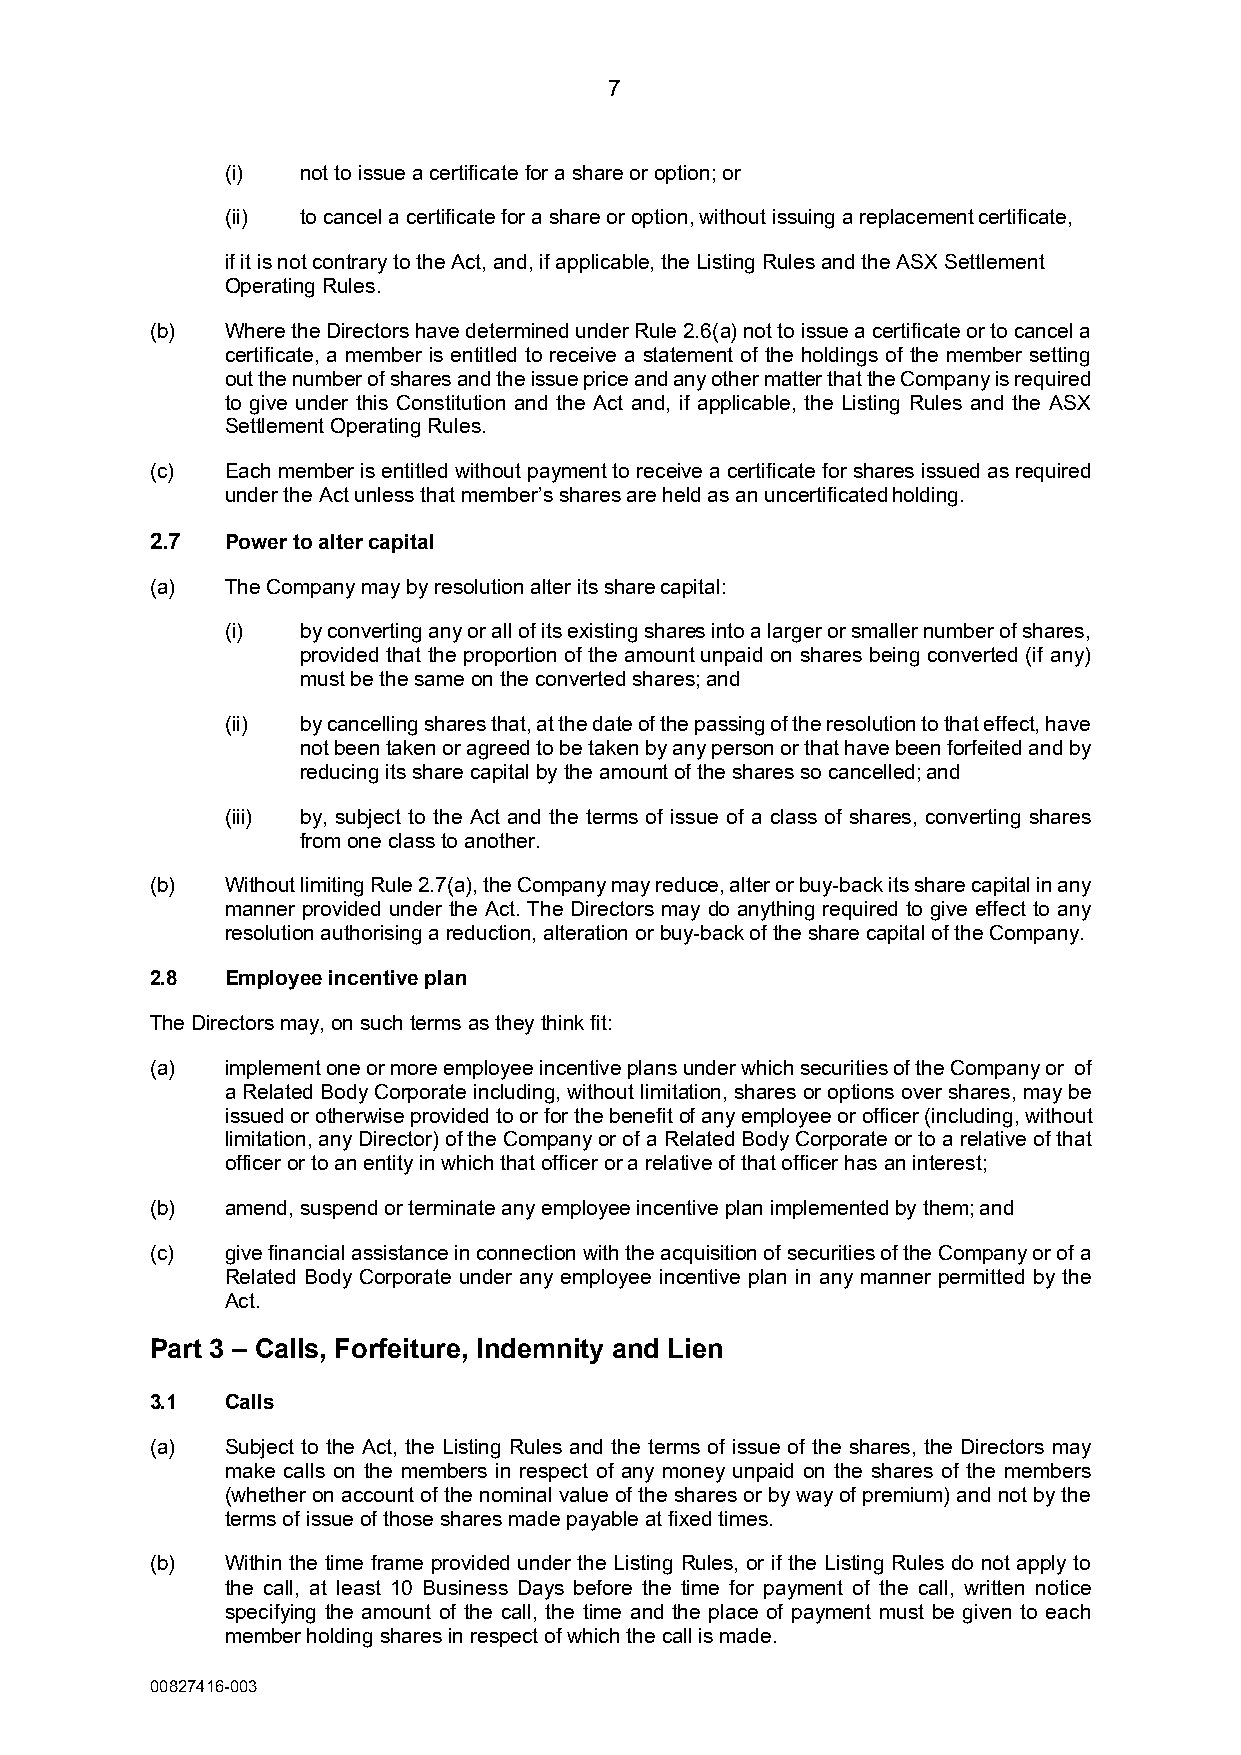
7
 (i)  not to issue a certificate for a share or option; or
 (ii) to cancel a certificate for a share or option, without issuing a replacement certificate,
 if it is not contrary to the Act, and, if applicable, the Listing Rules and the ASX Settlement
 Operating Rules.
 (b)  Where the Directors have determined under Rule 2.6(a) not to issue a certificate or to cancel a
 certificate, a member is entitled to receive a statement of the holdings of the member setting
 out the number of shares and the issue price and any other matter that the Company is required
 to give under this Constitution and the Act and, if applicable, the Listing Rules and the ASX
 Settlement Operating Rules.
 (c)  Each member is entitled without payment to receive a certificate for shares issued as required
 under the Act unless that member’s shares are held as an uncertificated holding.
 2.7  Power to alter capital
 (a)  The Company may by resolution alter its share capital:
 (i)  by converting any or all of its existing shares into a larger or smaller number of shares,
 provided that the proportion of the amount unpaid on shares being converted (if any)
 must be the same on the converted shares; and
 (ii) by cancelling shares that, at the date of the passing of the resolution to that effect, have
 not been taken or agreed to be taken by any person or that have been forfeited and by
 reducing its share capital by the amount of the shares so cancelled; and
 (iii) by, subject to the Act and the terms of issue of a class of shares, converting shares
 from one class to another.
 (b)  Without limiting Rule 2.7(a), the Company may reduce, alter or buy-back its share capital in any
 manner provided under the Act. The Directors may do anything required to give effect to any
 resolution authorising a reduction, alteration or buy-back of the share capital of the Company.
 2.8  Employee incentive plan
 The Directors may, on such terms as they think fit:
 (a)  implement one or more employee incentive plans under which securities of the Company or of
 a Related Body Corporate including, without limitation, shares or options over shares, may be
 issued or otherwise provided to or for the benefit of any employee or officer (including, without
 limitation, any Director) of the Company or of a Related Body Corporate or to a relative of that
 officer or to an entity in which that officer or a relative of that officer has an interest;
 (b)  amend, suspend or terminate any employee incentive plan implemented by them; and
 (c)  give financial assistance in connection with the acquisition of securities of the Company or of a
 Related Body Corporate under any employee incentive plan in any manner permitted by the
 Act.
 Part 3 – Calls, Forfeiture, Indemnity and Lien
 3.1  Calls
 (a)  Subject to the Act, the Listing Rules and the terms of issue of the shares, the Directors may
 make calls on the members in respect of any money unpaid on the shares of the members
 (whether on account of the nominal value of the shares or by way of premium) and not by the
 terms of issue of those shares made payable at fixed times.
 (b)  Within the time frame provided under the Listing Rules, or if the Listing Rules do not apply to
 the call, at least 10 Business Days before the time for payment of the call, written notice
 specifying the amount of the call, the time and the place of payment must be given to each
 member holding shares in respect of which the call is made.
 00827416-003